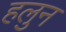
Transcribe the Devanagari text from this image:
हलुन